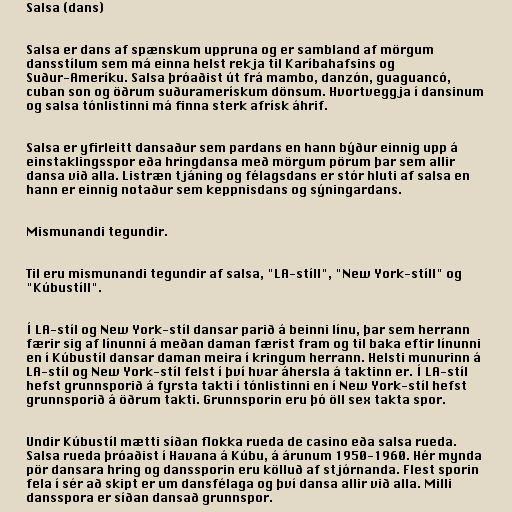
Salsa (dans)

Salsa er dans af spænskum uppruna og er sambland af mörgum
dansstílum sem má einna helst rekja til Karíbahafsins og
Suður-Ameríku. Salsa þróaðist út frá mambo, danzón, guaguancó,
cuban son og öðrum suðuramerískum dönsum. Hvortveggja í dansinum
og salsa tónlistinni má finna sterk afrísk áhrif.

Salsa er yfirleitt dansaður sem pardans en hann býður einnig upp á
einstaklingsspor eða hringdansa með mörgum pörum þar sem allir
dansa við alla. Listræn tjáning og félagsdans er stór hluti af salsa en
hann er einnig notaður sem keppnisdans og sýningardans.

Mismunandi tegundir.

Til eru mismunandi tegundir af salsa, "LA-stíll", "New York-stíll" og
"Kúbustíll".

Í LA-stíl og New York-stíl dansar parið á beinni línu, þar sem herrann
færir sig af línunni á meðan daman færist fram og til baka eftir línunni
en í Kúbustíl dansar daman meira í kringum herrann. Helsti munurinn á
LA-stíl og New York-stíl felst í því hvar áhersla á taktinn er. Í LA-stíl
hefst grunnsporið á fyrsta takti í tónlistinni en í New York-stíl hefst
grunnsporið á öðrum takti. Grunnsporin eru þó öll sex takta spor.

Undir Kúbustíl mætti síðan flokka rueda de casino eða salsa rueda.
Salsa rueda þróaðist í Havana á Kúbu, á árunum 1950-1960. Hér mynda
pör dansara hring og danssporin eru kölluð af stjórnanda. Flest sporin
fela í sér að skipt er um dansfélaga og því dansa allir við alla. Milli
dansspora er síðan dansað grunnspor.